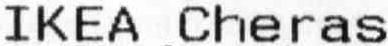
IKEA CHERAS